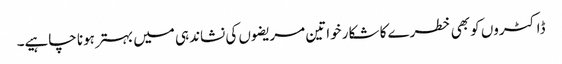
ڈاکٹروں کو بھی خطرے کا شکار خواتین مریضوں کی نشاندہی میں بہتر ہونا چاہیے۔